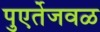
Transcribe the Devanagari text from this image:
पुएर्तेजवळ